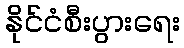
နိုင်ငံစီးပွားရေး